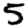
Digit: 5